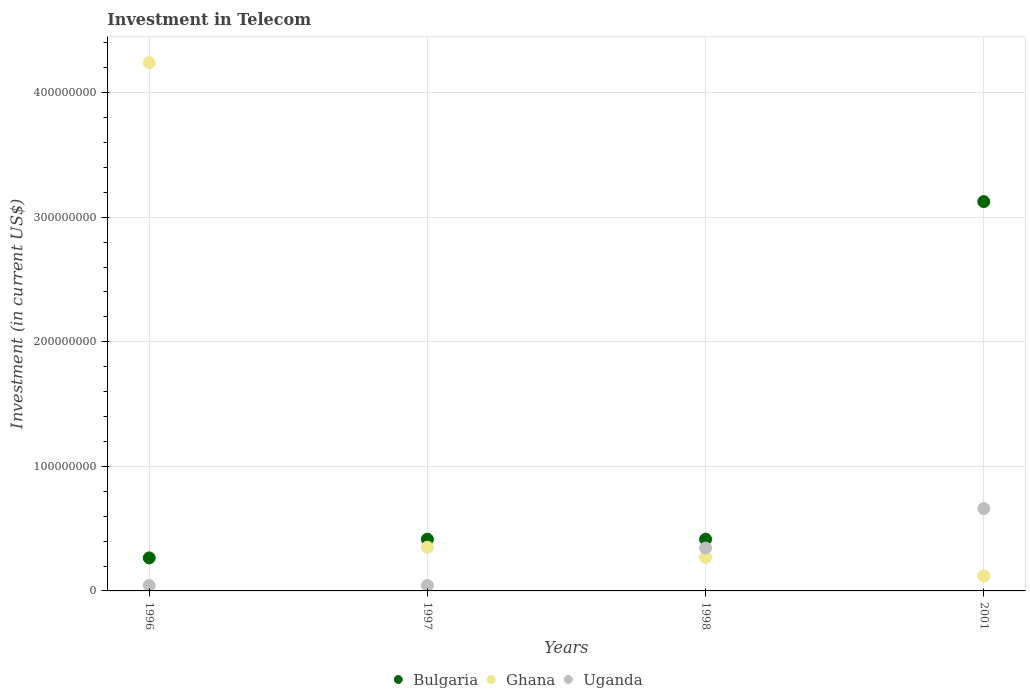
| Years | Bulgaria | Ghana | Uganda |
 | --- | --- | --- | --- |
 | 1996 | 2.65e+07 | 4.24e+08 | 4.4e+06 |
 | 1997 | 4.15e+07 | 3.51e+07 | 4.4e+06 |
 | 1998 | 4.15e+07 | 2.7e+07 | 3.44e+07 |
 | 2001 | 3.12e+08 | 1.2e+07 | 6.61e+07 |